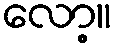
လော့။